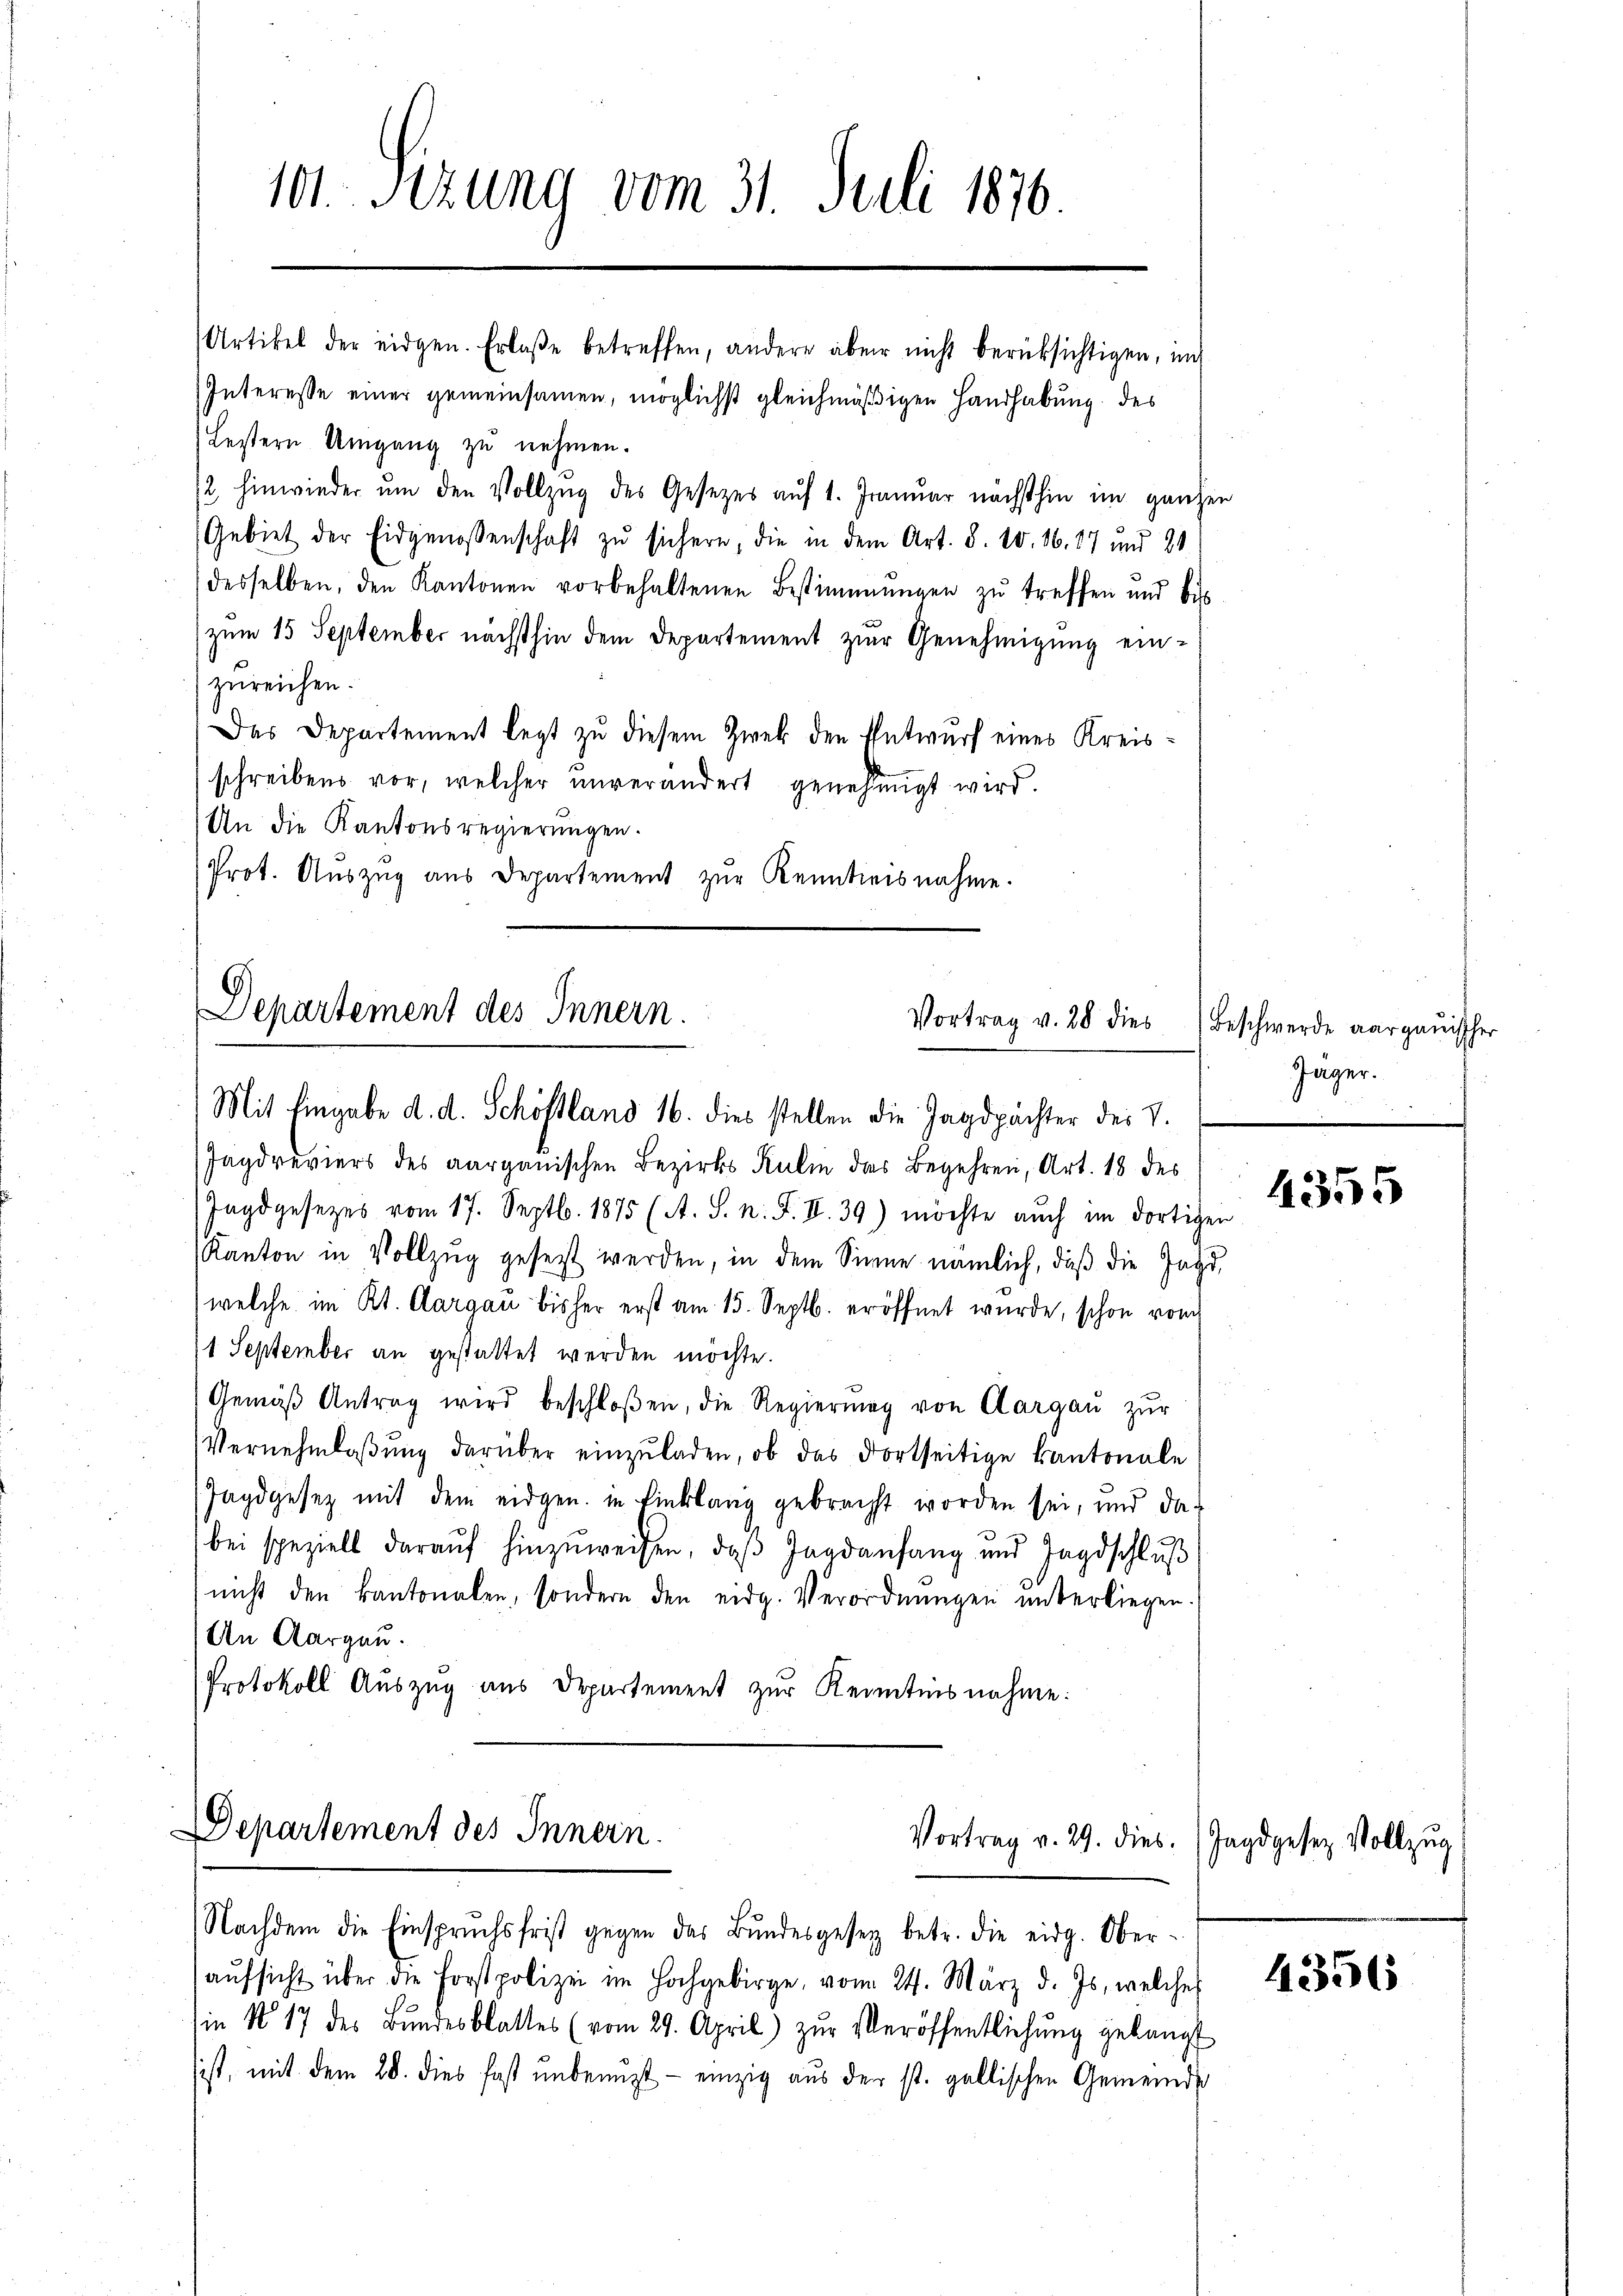
101. Sitzung vom 31. Juli 1876
Artikel der eidgen. Erlaβe betreffen, andere aber nicht berücksichtigen, und
Interesse einer gemeinsamen, möglichst gleichmäßigen Handhabung des

Lestern Umgang zu nehmen.
12. hinwieder um den Vollzug des Gesetzes auf 1. Januar nächsthin im ganzen
Gebiet der Eidgenossenschaft zu sichern, die in dem Art. 8. 10. 16. 87 und 21
desselben, den Kantonen vorbehaltenen Bestimmungen zŭ treffen und bis
zum 15 September nächsthin dem Departement zur Genehmigŭng ein-
zureichen.
Das Departement legt zu diesem Zwek den Entwurf eines Kreisschreibens vor, welcher unverändert genehmigt wird.
An die Kantonsregierungen.
Prot. Aŭszŭg aŭs Departement zŭr Kenntnisnahme.

Departement des Innern.
Vortrag v. 28 dies
e

11 September an gestattet werden möchte.
bei speziell darauf hinzuweisen, daβ Jagdanfang und Jagdschlŭβ
nicht den kantonalen, sondern den eidg. Verordnŭngen ŭnterliegen.
An Aargau.
Protokoll Auszug aus Departement zur Kenntnisnahme:

Departement des Innern.
Vortrag v. 29. dies

Mit Eingabe d. d. Schöftland 16. dies stellen die Jagdpächter des V.
Jagdreviers des aargauischen Bezirks Kuli das Begehren, Art. 18 des
Jagdgesetzes vom 17. Septbr. 1875 (A. S. n. F. II.39) möchte aŭch im dortigen
Kanton in Vollzug gesetzt werden, in dem Sinne nämlich, daß die Jagd,
welche im Kt. Aargau bisher erst am 15. Septb. eröffnet wurde, schon von
Gemäβ Antrag wird beschloßen, die Regierung von Aargaŭ zŭr
Vernehmlaβŭng darüber einzŭladen, ob das dortseitige Kantonale
Jagdgesetz mit dem eidgen. in Einklang gebracht worden sei, und das

Nachdem die Einspruchsfrist gegen das Bŭndesgesetz betr. die eidg. Ober-
aŭfsicht über die Forstpolizei im Hochgebirge, vom 24. März d. Js., welche
in No 17 des Bŭndesblattes (vom 29. April) zŭr Veröffentlichŭng gebangt
ist, mit dem 20. dies fast unbenuzt - einzig aus der st. gallischen Gemeinde

Beschwerde aargauischer
Jäger.

4355

Jagdgesetz vollzug

4356